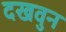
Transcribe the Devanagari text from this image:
दखवुन